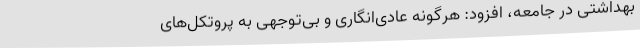
بهداشتی در جامعه، افزود: هرگونه عادی‌انگاری و بی‌توجهی به پروتکل‌های